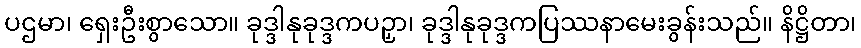
ပဌမာ၊ ရှေးဦးစွာသော။ ခုဒ္ဒါနုခုဒ္ဒကပဉှာ၊ ခုဒ္ဒါနုခုဒ္ဒကပြဿနာမေးခွန်းသည်။ နိဋ္ဌိတာ၊